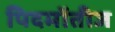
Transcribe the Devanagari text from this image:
पिदमोंतीज